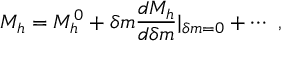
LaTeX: M _ { h } = M _ { h } ^ { 0 } + \delta m { \frac { d M _ { h } } { d \delta m } } | _ { \delta m = 0 } + \cdots \ ,